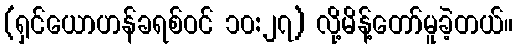
(ရှင်ယောဟန်ခရစ်ဝင် ၁၀:၂၇) လို့မိန့်တော်မူခဲ့တယ်။